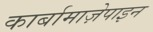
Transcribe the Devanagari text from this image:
कार्बामाज़ेपाइन